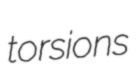
torsions